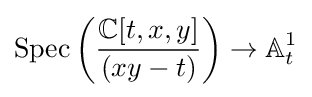
\operatorname {Spec} \left({\frac {\mathbb {C} [t,x,y]}{(xy-t)}}\right)\to \mathbb {A} _{t}^{1}